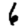
Digit: 6